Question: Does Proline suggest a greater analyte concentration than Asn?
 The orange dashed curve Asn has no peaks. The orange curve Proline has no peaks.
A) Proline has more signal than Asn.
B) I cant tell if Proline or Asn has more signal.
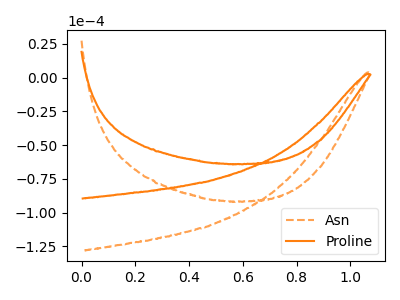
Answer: <think>Neither "Proline" or "Asn" have any peaks.
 </think>
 <answer>B) I cant tell if "Proline" or "Asn" has more signal.</answer>
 <eval>B</eval>